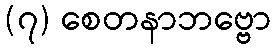
(၇) စေတနာဘဗ္ဗော